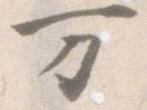
万